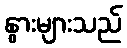
နွားများသည်